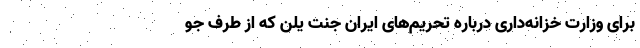
برای وزارت خزانه‌داری درباره تحریم‌های ایران جنت یلن که از طرف جو